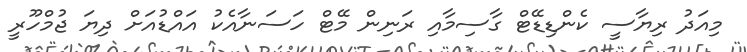
މިއަދު ރިޔާސީ ކެންޑިޑޭޓް ގާސިމާއި ރަނިން މޭޓް ހަސަނާއެކު އައްޑުއަށް ދިޔަ ޖުމްހޫރީ